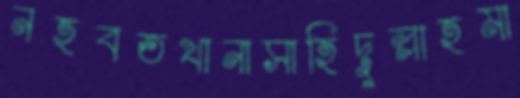
নহবতখানাসাহিদুল্লাহমা